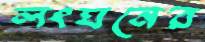
লংঘনের